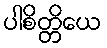
ပါစိတ္တိယေ